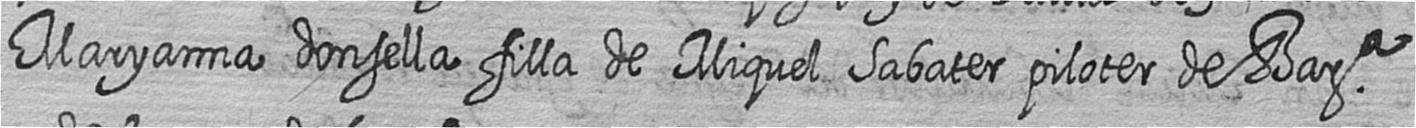
Maryanna donsella filla de Miquel Sabater piloter de Bara